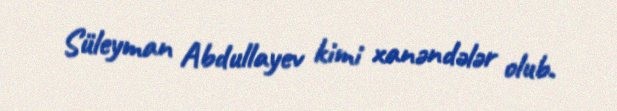
Süleyman Abdullayev kimi xanəndələr olub.